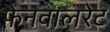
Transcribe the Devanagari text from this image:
फेनवालरेट